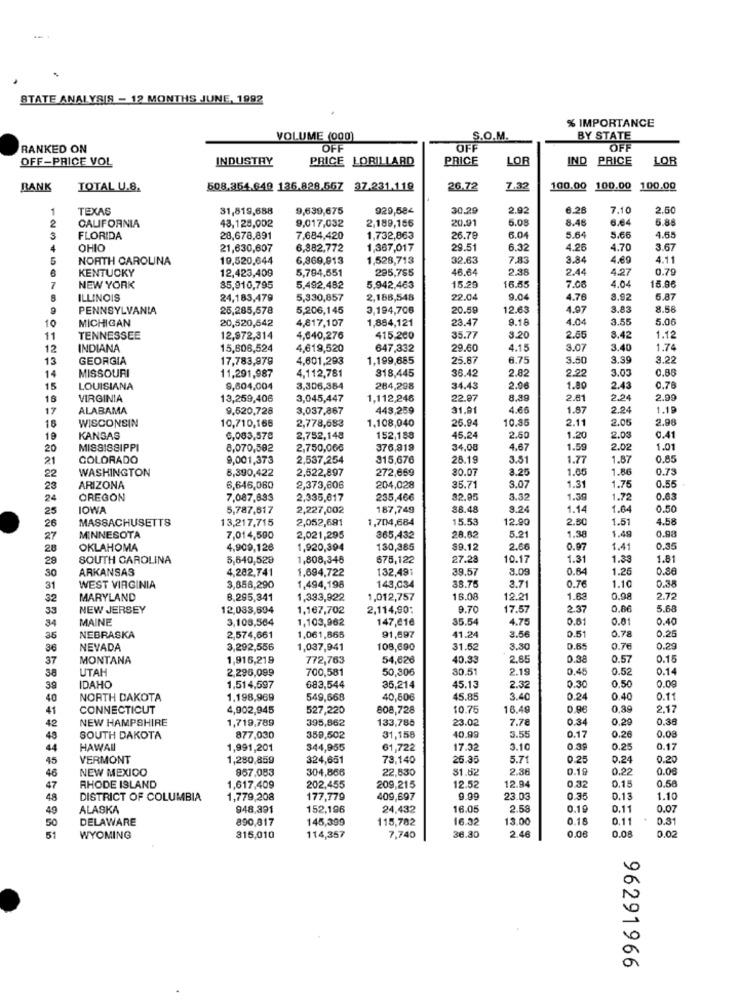
STATE ANALYSIS - 12 MONTHS JUNE, 1992
% IMPORTANCE
VOLUME (000)
S.O.M.
BY STATE
RANKED ON
OFF
OFF
OFF
OFF-PRICE VOL
INDUSTRY
PRICE LORILLARD
PRICE
LOF
IND PRICE
LOR
BANK
TOTAL U.S.
508.354.649 136.828,567 37.231.119
26.72
7.32
100.00
100.00
100.00
TEXAS
31,819,688
9,639,675
929,584
30.29
2.92
6.26
7.10
2.50
43,125,002
2,189,156
20.91
5.08
8.46
6.64
5.85
CALIFORNIA
9,017,032
6.0
FLORIDA
28,678,891
7,684,420
1,732,863
26.70
5.64
5.66
4.65
OHIO
21,630,607
6,882,772
1,367,017
29.51
6.32
4.26
4.70
3.67
NORTH CAROLINA
19,520,644
6,969,913
1,528,713
32.63
7.83
3.84
4.69
4.11
KENTUCKY
12,423,409
5,794,551
295,785
46.64
2.38
2.44
4.27
0.79
15.26
4.04
15.96
NEW YORK
85,910,795
5,492,482
5,942,463
16.55
7.00
ILLINOIS
24,183,479
5,330,857
2,188,548
22.04
9.04
4.76
8.92
5.87
PENNSYLVANIA
25,285,578
5,206,145
3,194,706
20.59
12.63
4.97
3.83
8.58
10
MICHIGAN
20,520,542
4,817,107
1,884,121
23.47
9.18
4.04
3.55
5.06
11
TENNESSEE
12,972,314
4,640,276
415,200
35.77
3.20
2.65
8.42
1.12
12
INDIANA
15,606,524
4,619,520
647,332
29.60
4.15
3.0
3.40
1.74
13
GEORGIA
17,783,979
4,601,293
1,199,885
25.87
6.75
3.50
3.59
3.22
14
12345070901234
MISSOURI
11,291,987
4,112,781
318,445
38.42
2.82
2.22
3.05
0.86
15
LOUISIANA
9,604,004
3,306,384
284,298
34.43
2.06
1.80
2.43
0.76
16
VIRGINIA
13,259,406
3,045,447
1,112,246
22.97
8.89
2.61
2.24
2.99
17
ALABAMA
9,520,728
3,037,867
443,259
31.91
4.66
1.87
2.24
1.19
18
1.108,040
26.94
10.8
2.11
2.05
2.90
WISCONSIN
10,710,168
2,778,683
19
KANSAS
6,083,57€
2,752,148
152,188
45.24
2.50
1.20
2.03
0.41
20
MISSISSIPPI
8,070,582
2,750,00€
376,919
34,08
4.67
1.59
2.02
1.01
21
COLORADO
9,001,373
2,537,254
315,676
28.19
3.51
1.77
1.87
0.85
WASHINGTON
8,390,422
2,522,897
272,669
30.01
1.65
1.86
0.73
22
3.25
1.76
0.55
23
ARIZONA
6,646,060
2,373,606
204,028
35.71
3.07
1.31
24
OREGON
7,087,893
2,335,017
235,466
32.05
3.32
1.39
1.72
0.63
25
IOWA
5,787,617
2,227,002
187,749
88.48
8.24
1.14
1.04
0.50
26
MASSACHUSETTS
13,217,715
2,052,691
1,704,684
15.53
12.90
2.80
1.51
4.58
5.21
1.38
1.49
0.98
27
MINNESOTA
7,014,500
2,021,295
365,432
28,62
28
OKLAHOMA
4,909,126
1,920,394
130,385
$9.12
2.66
0.97
1.41
0,35
29
SOUTH CAROLINA
5,640,520
1,808,348
675,122
27.28
10.1
1.31
1.33
1.81
30
ARKANSAS
4,282,741
1,694,722
132,491
39.57
3.09
0.64
1.25
0.88
3.71
0.76
1.10
0.35
31
WEST VIRGINIA
3,856,290
1,494,198
143,034
38.7
32
MARYLAND
8.295,341
1,333,922
1,012,757
16.0
12.21
1.63
0.98
2.72
33
NEW JERSEY
12,033,694
1,167,702
2,114,90:
9.70
17.57
2.37
0.86
5.68
MAINE
3,108,564
1,103,962
147,61€
35.54
4.75
0.61
0.01
0.40
34
0.51
0.78
0.25
35
NEBRASKA
2,574,661
1,061,865
91,697
41.24
3.56
36
NEVADA
3,292,556
1,037,941
108,690
31.52
3.30
0.65
0.76
0.29
37
MONTANA
1,916,219
772,763
54,826
40.3
2.85
0.38
0.57
0.15
38
UTAH
2,296,099
700,581
50,306
80.51
2.19
0.45
0.52
0.14
0.30
0.0g
39
IDAHO
1,514,597
683,544
35,214
45.13
2.32
0.50
40
NORTH DAKOTA
1.198,969
549,668
40,606
45.85
3.40
0.24
0.40
0.11
41
CONNECTICUT
4,902,945
527,220
808,728
10.75
16.49
0.96
0,89
2.17
NEW HAMPSHIRE
1,719,789
133,785
23.0
0.34
0.29
0.38
42
395,862
7.78
3.55
0.17
0.26
48
SOUTH DAKOTA
877,030
359,502
31,158
40.99
0.08
44
HAWAII
1,991,201
344,955
61,722
17.32
3.10
0.39
0.25
0.17
45
VERMONT
1,280,859
324,651
78,140
26.35
5.71
0.25
0.24
0.20
46
NEW MEXICO
967.083
304,866
22,830
$1.82
2.38
0.19
0.22
0.00
12.94
0.32
0.15
0.58
47
RHODE ISLAND
1,617,409
202,455
209,215
12.5
48
DISTRICT OF COLUMBIA
1,779,208
177,779
409,697
9.99
23.03
0.35
D.13
1.10
49
ALASKA
948,391
152,196
24,432
16.0
2.58
0.19
0.11
0.07
DELAWARE
890,817
145,399
115,782
16.32
13.00
0.18
0.11
0.31
50
2.46
0.08
0.08
0.02
51
WYOMING
315,010
114,357
7,740
36.30
6
N
0
a
96291966